Vaccination in Burma 1900-1911 - 1900-1911
Year: 1900
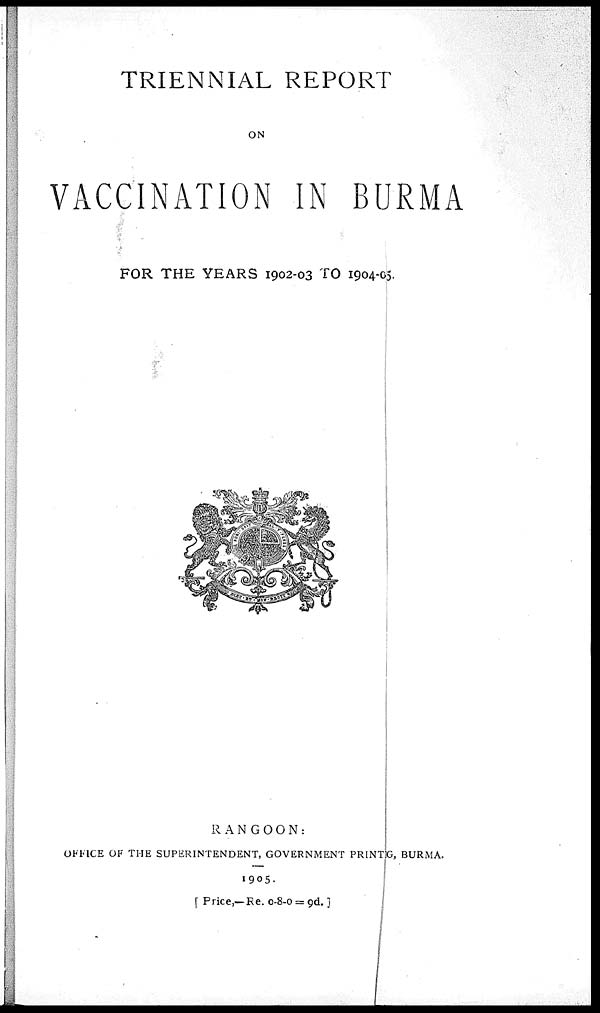
TRIENNIAL REPORT
ON
VACCINATION IN BURMA
FOR THE YEARS 1902-03 TO 1904-05.
RANGOON:
OFFICE OF THE SUPERINTENDENT, GOVERNMENT PRINTIG, BURMA.
1905.
[ Price,—Re. 0-8-0 = 9d.]